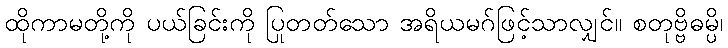
ထိုကာမတို့ကို ပယ်ခြင်းကို ပြုတတ်သော အရိယမဂ်ဖြင့်သာလျှင်။ စတုဗ္ဗိဓမ္ပိ၊